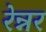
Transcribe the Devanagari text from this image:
रेन्नर